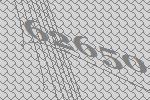
62650